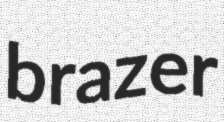
brazer